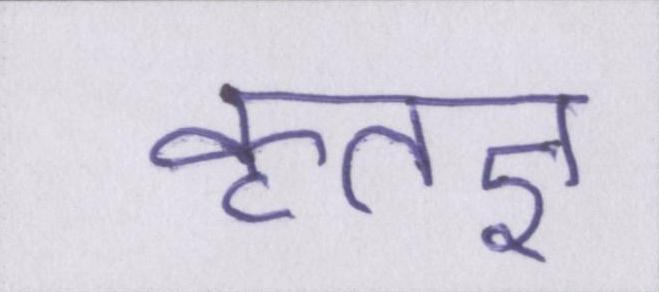
कृतज्ञ